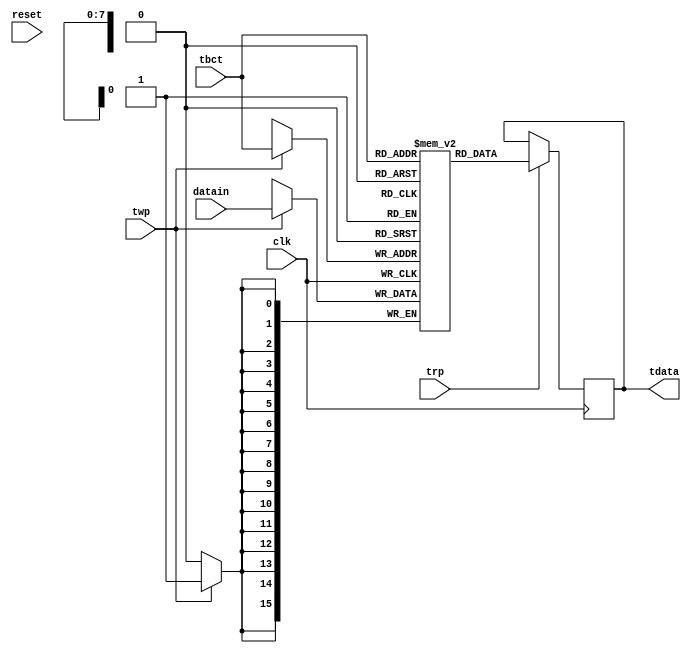
// chaos transmit/xmit buffer

`timescale 1ns/1ps
`default_nettype none

module tbuf(/*AUTOARG*/
   // Outputs
   tdata,
   // Inputs
   clk, reset, datain, tbct, trp, twp
   );
   
   input clk;
   input reset;
   
   input [15:0] datain;
   input [7:0] tbct;
   input trp;
   input twp;
   output [15:0] tdata;
   
   ////////////////////////////////////////////////////////////////////////////////

   reg [15:0] ram [0:255];
   reg [15:0] out;
   
   assign tdata = out;

   integer i;
   initial begin
      for (i = 0; i < 255; i=i+1) begin
         ram[i] = 16'b0;
      end
   end
   
   always @(posedge clk)
     if (twp) begin
	ram[tbct] <= datain;
	$display("tbuf: W %o <- %o; %t", tbct, datain, $time);
     end
   
   always @(posedge clk)
     if (trp) begin
	out <= ram[tbct];
	$display("tbuf: R %o -> %o; %t", tbct, datain, $time);
     end

endmodule

`default_nettype wire

// Local Variables:
// verilog-library-directories: ("..")
// End: